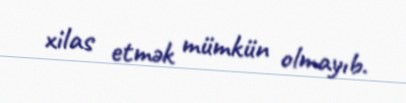
xilas etmək mümkün olmayıb.